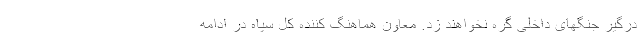
درگیر جنگهای داخلی گره نخواهند زد. معاون هماهنگ کننده کل سپاه در ادامه